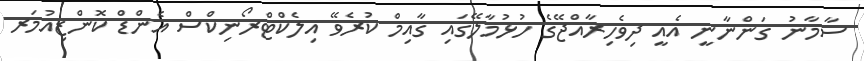
ސާމާނު ގަންނާނީ އެއީ ދިވެހިރާއްޖޭގެ ހުޅުމާލޭގައި ގާއިމް ކުރެވޭ އިލެކްޓްރޯނިކްސް އެންޑް ކޮންޒިއުމަރ